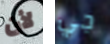
لأن جي